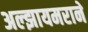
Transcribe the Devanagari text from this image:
अल्झायमराने